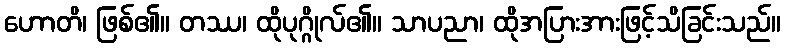
ဟောတိ၊ ဖြစ်၏။ တဿ၊ ထိုပုဂ္ဂိုလ်၏။ သာပညာ၊ ထိုအပြားအားဖြင့်သိခြင်းသည်။